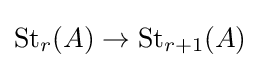
{\operatorname {St} _{r}}(A)\to {\operatorname {St} _{r+1}}(A)